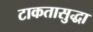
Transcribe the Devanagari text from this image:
टाकतासुद्धा